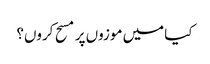
کیا میں موزوں پر مسح کروں؟